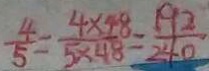
\frac { 4 } { 5 } = \frac { 4 \times 4 8 } { 5 \times 4 8 } = \frac { 1 9 2 } { 2 4 0 }